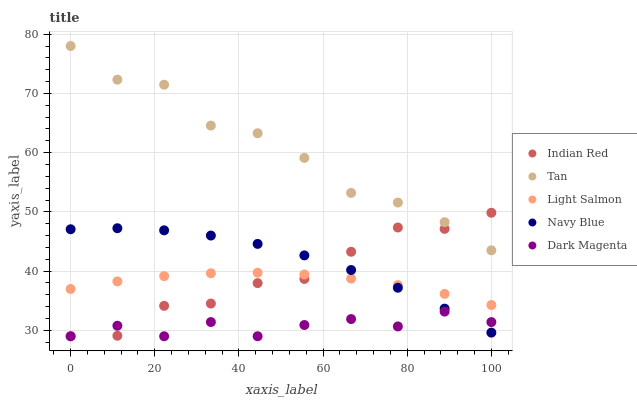
| xaxis_label | Indian Red | Tan | Light Salmon | Navy Blue | Dark Magenta |
 | --- | --- | --- | --- | --- | --- |
 | 0 | 29 | 78 | 37 | 47.1 | 29 |
 | 11.1 | 29.1 | 72.3 | 38.3 | 47.2 | 30.8 |
 | 22.2 | 34.1 | 71.5 | 39.1 | 46.9 | 29 |
 | 33.3 | 34.5 | 64.6 | 39.6 | 46 | 31.4 |
 | 44.4 | 38 | 63.3 | 39.7 | 44.6 | 29 |
 | 55.6 | 38.7 | 59.1 | 39.4 | 42.7 | 30.9 |
 | 66.7 | 43.3 | 53.2 | 38.7 | 40.2 | 31.9 |
 | 77.8 | 47.4 | 51.6 | 37.6 | 37.2 | 30.7 |
 | 88.9 | 47.1 | 48.3 | 36.2 | 33.7 | 33.2 |
 | 100 | 49.9 | 43.5 | 34.3 | 29.6 | 31.4 |